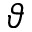
\vartheta